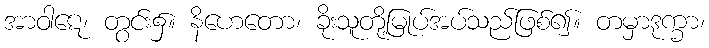
အာဝါဋေ၊ တွင်း၌။ နိဟေတော၊ ခိုးသူတို့မြုပ်အပ်သည်ဖြစ်၍။ တမှာဒုက္ခာ၊